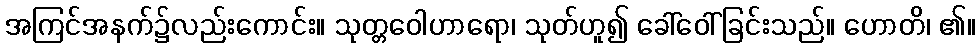
အကြင်အနက်၌လည်းကောင်း။ သုတ္တဝေါဟာရော၊ သုတ်ဟူ၍ ခေါ်ဝေါ်ခြင်းသည်။ ဟောတိ၊ ၏။